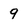
Character: 9